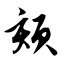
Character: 颏